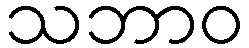
သဘာဝ